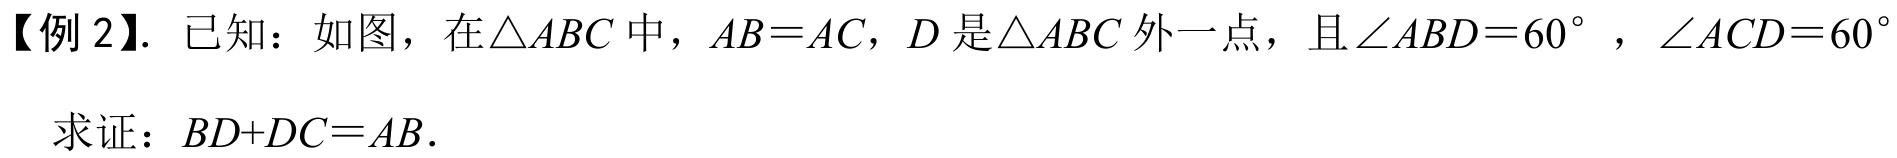
【例2】. 已知：如图，在$\triangle ABC$中，$AB = AC$，$D$是$\triangle ABC$外一点，且$\angle ABD = 60^{\circ}$，$\angle ACD = 60^{\circ}$
求证：$BD + DC=AB.$